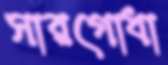
সারগোধা